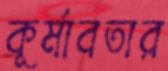
কূর্মাবতার